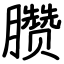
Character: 臜